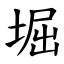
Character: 堀